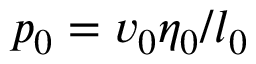
p _ { 0 } = v _ { 0 } \eta _ { 0 } / l _ { 0 }